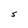
Character: S